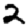
Digit: 2